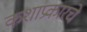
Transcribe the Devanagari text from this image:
कशाप्रकारचे